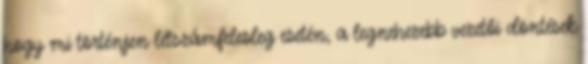
hogy mi történjen létszámfelesleg esetén, a legnehezebb vezetői döntések